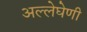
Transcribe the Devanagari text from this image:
अल्लेघेणी